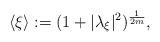
LaTeX: \begin{align*}\langle\xi\rangle:=(1+|\lambda_{\xi}|^2)^{\frac{1}{2m}},\end{align*}